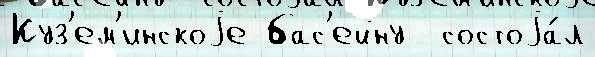
Куз'ем'инскоjе бас'ейну  состоjа́л